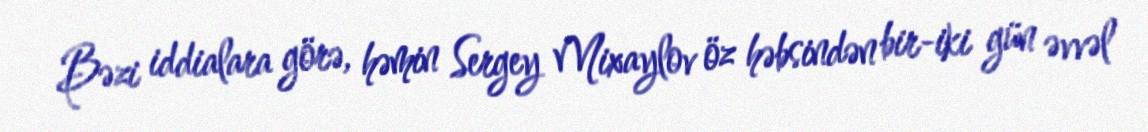
Bəzi iddialara görə, həmin Sergey Mixaylov öz həbsindən bir-iki gün əvvəl